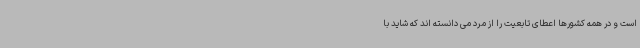
است و در همه کشورها اعطای تابعیت را از مرد می دانسته اند که شاید با